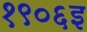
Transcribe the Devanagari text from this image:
१९०६इ